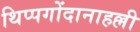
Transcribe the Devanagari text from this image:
थिप्पगोंदानाहल्ली